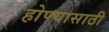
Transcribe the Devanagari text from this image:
होण्‍यासाठी